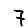
Digit: 7